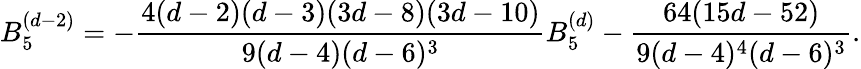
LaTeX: B_{5}^{(d-2)}=-\frac{4(d-2)(d-3)(3d-8)(3d-10)}{9(d-4)(d-6)^{3}}B_{5}^{(d)}-\frac{64(15d-52)}{9(d-4)^{4}(d-6)^{3}}.